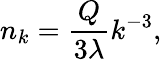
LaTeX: n_{k}=\frac{Q}{3\lambda}k^{-3},